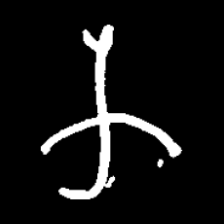
Pyu character \u2014 Myanmar letter: က (romanized: ka)